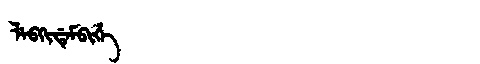
Manchu: ᠯᡝᠪᡴᡳᡩᡝᠮᠪᡳᡥᡝ
Romanization: LEBKIDEMBIHE